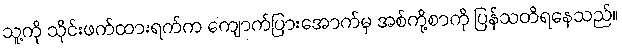
သူ့ကို သိုင်းဖက်ထားရက်က ကျောက်ပြားအောက်မှ အစ်ကို့စာကို ပြန်သတိရနေသည်။